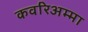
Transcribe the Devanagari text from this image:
कवरिअम्मा